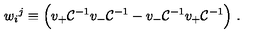
w _ { i } { } ^ { j } \equiv \Big ( v _ { + } { \cal C } ^ { - 1 } v _ { - } { \cal C } ^ { - 1 } - v _ { - } { \cal C } ^ { - 1 } v _ { + } { \cal C } ^ { - 1 } \Big ) \ .